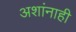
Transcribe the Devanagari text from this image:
अशांनाही